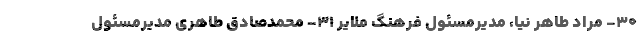
30- مراد طاهر نیا، مدیرمسئول فرهنگ ملایر 31- محمدصادق طاهری مدیرمسئول